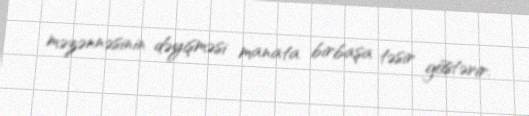
məzənnəsinin dəyişməsi manata birbaşa təsir göstərir.